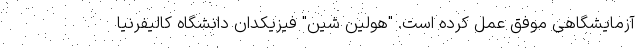
آزمایشگاهی موفق عمل کرده است. "هولین شین" فیزیکدان دانشگاه کالیفرنیا